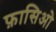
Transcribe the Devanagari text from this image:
फ़ासिओ